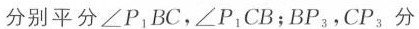
分别平分∠P_{ 1}BC，∠P_{ 1}CB；BP_{3}，CP_{3}分